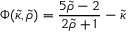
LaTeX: \Phi ( { \tilde { \kappa } } , { \tilde { \rho } } ) = { \frac { 5 { \tilde { \rho } } - 2 } { 2 { \tilde { \rho } } + 1 } } - { \tilde { \kappa } }